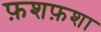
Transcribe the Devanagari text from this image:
फ़शफ़शा